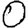
Digit: 0